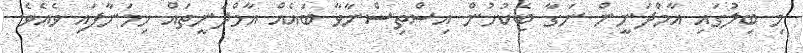
މި ބިލުގައި އާމްދަނީން ނަގާ ޓެކުހުން އިސްތިސްނާވާ ބައެއް އާމްދަނީތައް ހިމަނާފައި ވެއެވެ.